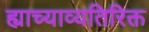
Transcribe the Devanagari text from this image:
ह्याच्याव्यतिरिक्त